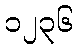
၁၂၃၆